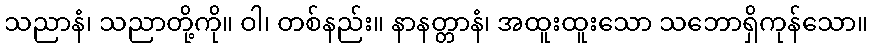
သညာနံ၊ သညာတို့ကို။ ဝါ၊ တစ်နည်း။ နာနတ္တာနံ၊ အထူးထူးသော သဘောရှိကုန်သော။